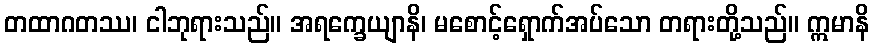
တထာဂတဿ၊ ငါဘုရားသည်။ အရက္ခေယျာနိ၊ မစောင့်ရှောက်အပ်သော တရားတို့သည်။ ဣမာနိ